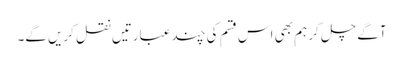
آگے چل کر ہم بھی اس قسم کی چند عبارتیں نقل کریں گے۔